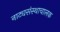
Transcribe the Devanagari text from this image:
नाट्यसंस्थाचालक